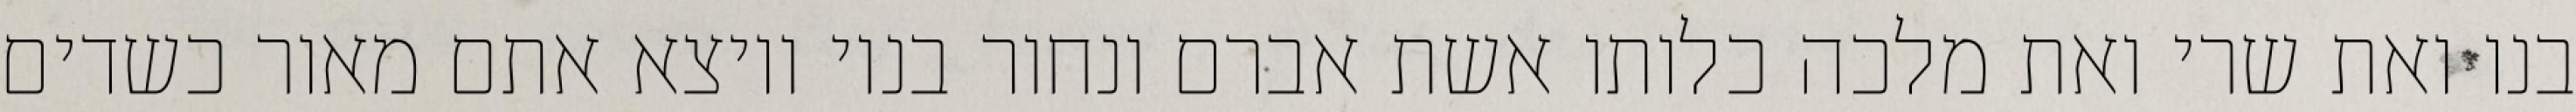
בנו ואת שרי ואת מלכה כלותו אשת אברם ונחור בניו ויוצא אתם מאור כשדים